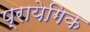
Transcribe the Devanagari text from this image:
प्रायेगिक